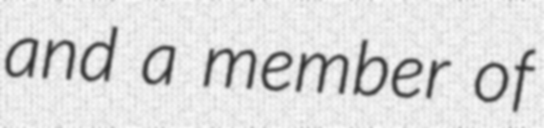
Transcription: and a member of